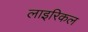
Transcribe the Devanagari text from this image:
लाइरिकल